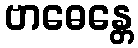
ဗာဓေန္တေ